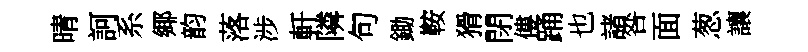
晴訶系鄊韵落涉軒隣句鋤鞍猾閉僂踊也諸咎面葱讓